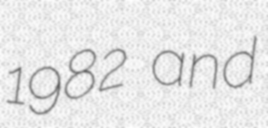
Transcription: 1982 and